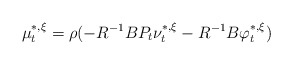
\begin{align*}\mu_t^{*,\xi}=\rho(-R^{-1}BP_t\nu_t^{*,\xi}-R^{-1}B\varphi_t^{*,\xi}) \end{align*}